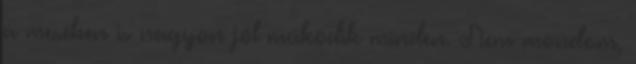
a mesében is nagyon jól működik minden. Nem mondom,